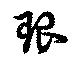
琅